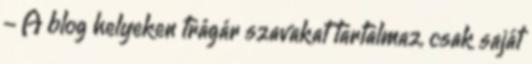
- A blog helyeken trágár szavakat tartalmaz, csak saját